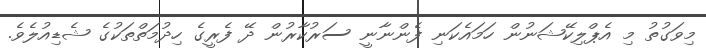
މިވަގުތު މި އެޕްލިކޭޝަނުން ހަމައެކަނި ފެންނާނީ ސަރުކާރުން ދޭ ފެރީގެ ހިދުމަތްތަކުގެ ޝެޑިއުލެވެ.